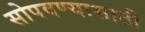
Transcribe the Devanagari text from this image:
सोपवण्यासाठी